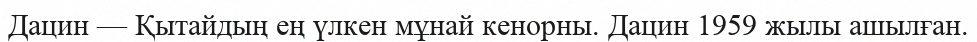
Дацин — Қытайдың ең үлкен мұнай кенорны. Дацин 1959 жылы ашылған.